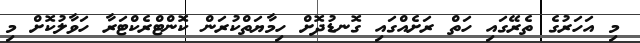
މި އަހަރުގެ ތެރޭގައި ހަތް ރަށެއްގައި ގޮނޑުދޮށް ހިމާޔަތްކުރަން ކޮންޓްރެކްޓަރާ ހަވާލުކޮށް މި